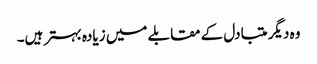
وہ دیگر متبادل کے مقابلے میں زیادہ بہتر ہیں۔